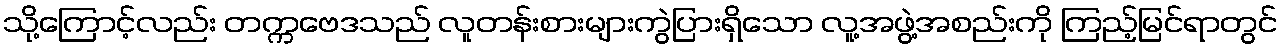
သို့ကြောင့်လည်း တက္ကဗေဒသည် လူတန်းစားများကွဲပြားရှိသော လူ့အဖွဲ့အစည်းကို ကြည့်မြင်ရာတွင်